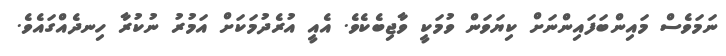
ނަމަވެސް މައިންބަފައިންނަށް ކިޔަވަން ވުމަކީ ވާޖިބެކެވެ. އެއީ އުރެދުމަކަށް އަމުރު ނުކުރާ ހިނދެއްގައެވެ.